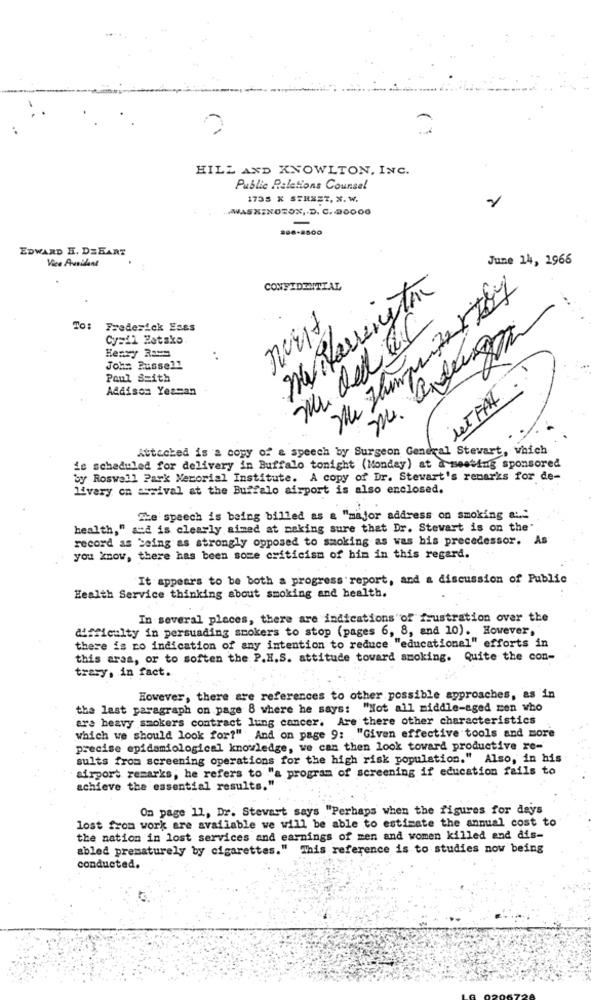
HILL AND KNOWLTON, INC.
Public Relations Counsel
1735 X STREET, X. W.
WASHINGTON, D. C. 20006
-
206-2800
EDWARD H. DZEART
Vice Ausilant
June 14, 1966
CONFIDENTIAL
May Harrington
To: Frederick Eass
Cy=il Zetako.
Henry Ram
John Russell
Paul Smith
Addison Yessan
Attached is a copy of & speech by Surgeon General Stewart, which
is scheduled for delivery in Buffalo tonight (Monday) at a meeting sponsored
by Roswell Park Nerorial Institute. A copy of Dr. Stewart's remarks for de-
livery on arrival at the Buffalo airport is also enclosed.
The speech is being billed as a "major address on smoking a :. "
health," ad is clearly aimed at making sure that Dr. Stewart is on the'
record as being as strongly opposed to smoking as was his precedessor.
you know, there has been some criticism of him in this regard.
It appears to be both a progress report, and a discussion of Public
Health Service thinking about smoking and health.
In several places, there are indications of frustration over the
difficulty in persuading smokers to stop (pages 6, 8, and 10). However,
there is no indication of any intention to reduce "educationel" efforts in
this aras, or to soften the P.H.S. attitude toward smoking. Quite the con-
tracy, in fact.
However, there are references to other possible approaches, as in
the last paragraph on page 8 where he says: "Not all middle-aged men who
are heavy smokers contract lung cancer. Are there other characteristics
which we should look for?" And on page 9: "Given effective tools and more
precise epidemiological knowledge, we can then look toward productive re-
sults from screening operations for the high risk population." Also, in his
airport remarks; he refers to "a program of screening if education fails to
achieve the essential results."
On page 11, Dr. Stewart says "Perhaps when the figures for days
lost from work are available we will be able to estimate the annual cost to
the nation in lost services and earnings of men and women killed and dis-
abled prematurely by cigarettes." This reference is to studies now being
conducted.